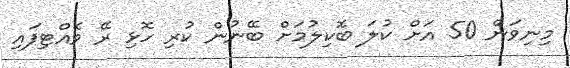
މިނިވަން 50 އަށް ކުލަ ބޮކިލުމަށް ބޭނުން ކުރި ހޮޅި ރޭ ވެއްޓިފައި